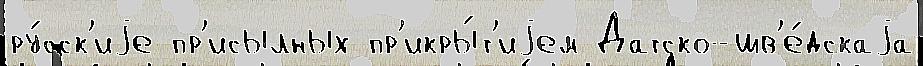
ру́сск'иjе пр'исылных пр'икры́т'иjем Датско-шв'е́дскаjа